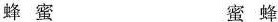
蜂蜜 蜜蜂